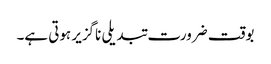
بوقت ضرورت تبدیلی ناگزیر ہوتی ہے۔